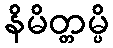
နိမိတ္တမ္ပိ